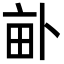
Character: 𤱈